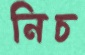
নিচ